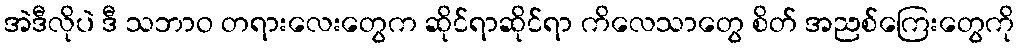
အဲဒီလိုပဲ ဒီ သဘာဝ တရားလေးတွေက ဆိုင်ရာဆိုင်ရာ ကိလေသာတွေ စိတ် အညစ်ကြေးတွေကို